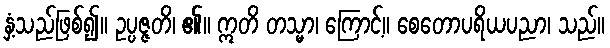
နှံ့သည်ဖြစ်၍။ ဥပ္ပဇ္ဇတိ၊ ၏။ ဣတိ တသ္မာ၊ ကြောင့်။ စေတောပရိယပညာ၊ သည်။